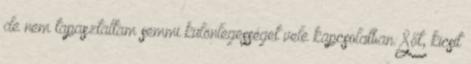
de nem tapasztaltam semmi különlegességet vele kapcsolatban. Sőt, kicsit